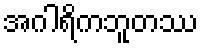
အဂါရိကဘူတဿ